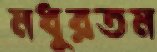
মধুরতম